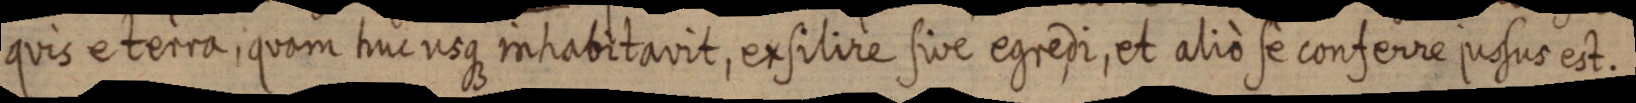
quis e terra, quam huc usque inhabitavit, ex silire sive egredi, et alio se conferre jussus est.